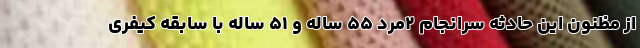
از مظنون این حادثه سرانجام ۲مرد ۵۵ ساله و ۵۱ ساله با سابقه کیفری